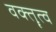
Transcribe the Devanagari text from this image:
वक्‍तॄत्‍व